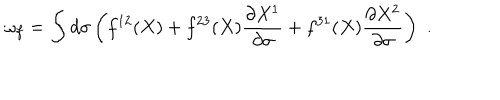
\omega _ { f } = \int d \sigma \left( f ^ { 1 2 } ( X ) + f ^ { 2 3 } ( X ) \frac { \partial X ^ { 1 } } { \partial \sigma } + f ^ { 3 1 } ( X ) \frac { \partial X ^ { 2 } } { \partial \sigma } \right) \, \, .